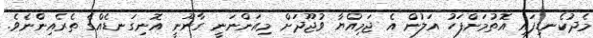
މެދުކެނޑިފައި އޮތުމަށްފަހު އަލުން އެ ޖަމިއްޔާ ވުޖޫދަށް މިއަންނަނީ ގާނޫނީ އޮނިގަނޑެއްގެ ތެރެއިންނެވެ.